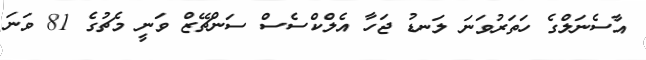
އާސެނަލްގެ ހަތަރުވަނަ ލަނޑު ޖަހާ އެލްކްސެސް ސަންޗޭޒް ވަނީ މެޗުގެ 81 ވަނަ